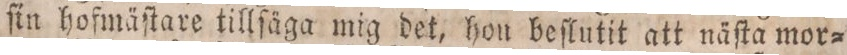
ſin hofmäſtare tillſäga mig det, hon beſlutit att näſta mor=